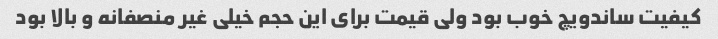
کیفیت ساندویچ خوب بود ولی قیمت برای این حجم خیلی غیر منصفانه و بالا بود